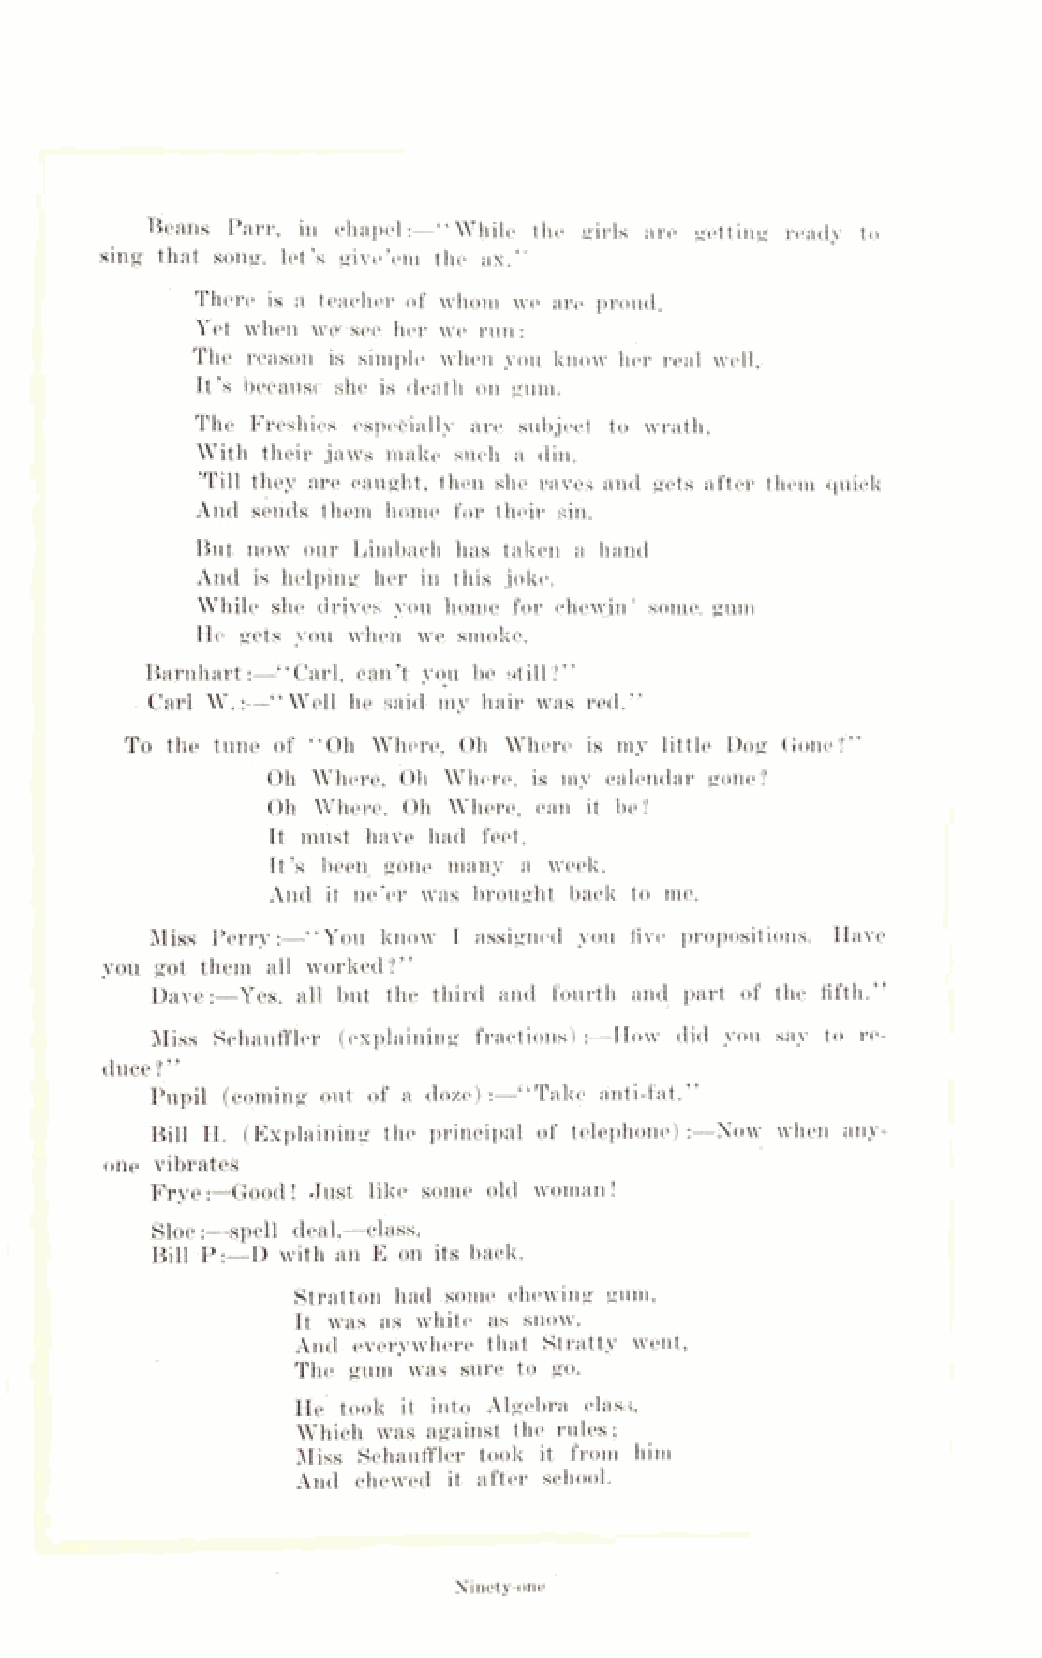
Beans Parr, in chapel:—“ While the girls are getting ready to
 sing that song, let’s give’em the ax.”
 There is a teacher of whom we are proud,
 Yet when w<y’see her we run:
 The reason is simple when you know her real well,
 It’s because she is death on gum.
 The Freshies especially are subject to wrath,
 With their jaws make such a din.
 ’Till they are caught, then she raves and gets after them quick
 And sends them home for their sin.
 But now our Limbach has taken a hand
 And is helping her in this joke.
 While she drives you home for chewin’ some, gum
 He gets you when we smoke.
 Barnhart:—“ Carl, can’t you be still?”
 ■ Carl W.g—“ Well he said my hair, was red.”
 To the tune of “ Oh Where, Oh Where is my little Dog Gone?”
 Oh "Where, Oh AYhere, is my calendar gone ?
 Oh Where, Oh Where, can it be?
 It must have had feet.
 It’s been gone many a week,
 And it ne’er was brought back to me.
 Miss Perry:—“ You know I assigned you five propositions. Have
 you got them all worked?”
 X)ave:—Yes, all but the third and fourth and part of the fifth.”
 Miss Schauffler (explaining fractions) :—How did you say to re­
 duce ? ’ ’
 Pupil (coming out of a doze) :—“ Take anti-fat.”
 Bill II. (Explaining the principal of telephone) :—Now when any­
 one vibrates
 Frye:—Good ! Just like some old woman !
 Sloe:—spell deal,—class.
 Bill P :—D with an E on its back.
 Stratton had some chewing gum,
 It was as white as snow.
 And everywhere that Stratty went,
 The gum was sure to go.
 He took it into Algebra class,
 Which was against the rules;
 Miss Schauffler took it from him
 And chewed it after school.
 Ninety-one